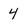
Character: 4